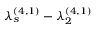
\lambda _ { s } ^ { ( 4 , 1 ) } - \lambda _ { 2 } ^ { ( 4 , 1 ) }